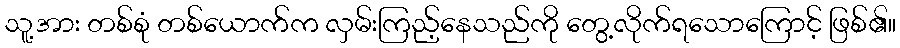
သူ့အား တစ်စုံ တစ်ယောက်က လှမ်းကြည့်နေသည်ကို တွေ့လိုက်ရသောကြောင့် ဖြစ်၏။